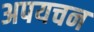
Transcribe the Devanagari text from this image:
अपयचन